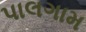
પાલગામ